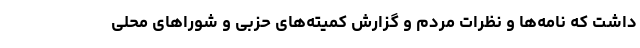
داشت که نامه‌ها و نظرات مردم و گزارش‌ کمیته‌های حزبی و شوراهای محلی